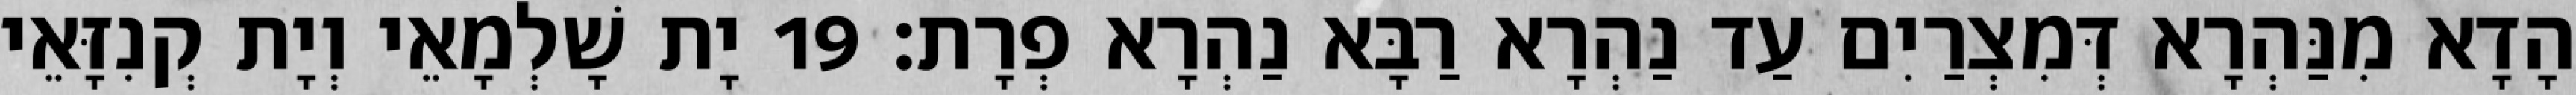
הָדָא מִנַּהְרָא דְּמִצְרַיִם עַד נַהְרָא רַבָּא נַהְרָא פְרָת׃ 19 יָת שָׁלְמָאֵי וְיָת קְנִזָּאֵי